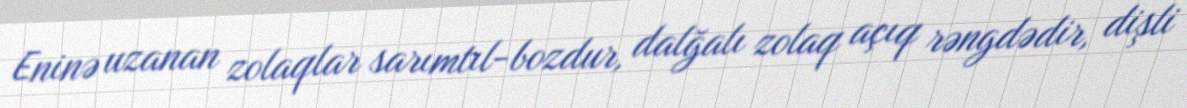
Eninə uzanan zolaqlar sarımtıl-bozdur, dalğalı zolaq açıq rəngdədir, dişli